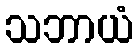
သဘာယံ